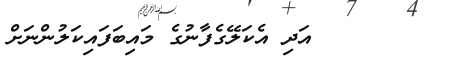
١٤       އަދި އެކަލޭގެފާނުގެ މައިބަފައިކަލުންނަށް